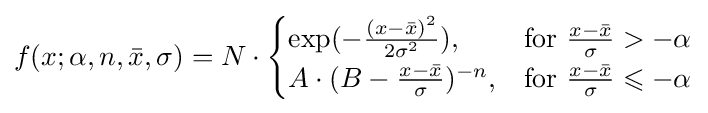
f(x;\alpha ,n,{\bar {x}},\sigma )=N\cdot {\begin{cases}\exp(-{\frac {(x-{\bar {x}})^{2}}{2\sigma ^{2}}}),&{\mbox{for }}{\frac {x-{\bar {x}}}{\sigma }}>-\alpha \\A\cdot (B-{\frac {x-{\bar {x}}}{\sigma }})^{-n},&{\mbox{for }}{\frac {x-{\bar {x}}}{\sigma }}\leqslant -\alpha \end{cases}}